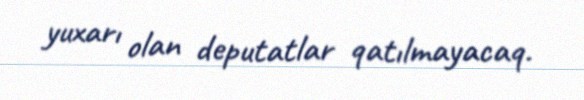
yuxarı olan deputatlar qatılmayacaq.